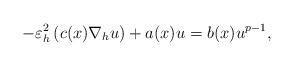
LaTeX: \begin{align*}-\varepsilon^{2}_{h}\left( c(x)\nabla_{h}u\right)+a(x)u=b(x)u^{p-1},\end{align*}